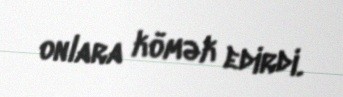
onlara kömək edirdi.